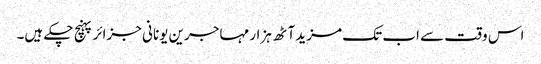
اس وقت سے اب تک ‌مزید آٹھ ہزار مہاجرین یونانی جزائر پہنچ چکے ہیں۔